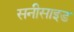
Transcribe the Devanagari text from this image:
सनीसाइड